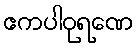
ဧကပါဝုရဏေ